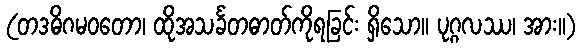
(တဒဓိဂမဝတော၊ ထိုအသင်္ခတဓာတ်ကိုရခြင်း ရှိသော။ ပုဂ္ဂလဿ၊ အား။)